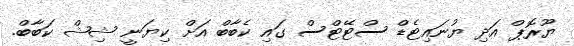
ޔޫރޮޕް އަދި ޔުނައިޓެޑް ސްޓޭޓްސް ގައި ކެބާބް އަށް ކިޔަނީ ޝިޝް ކަބާބް.